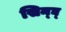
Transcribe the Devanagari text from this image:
सिन्घ्